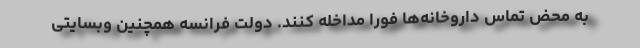
به محض تماس داروخانه‌ها فورا مداخله کنند. دولت فرانسه همچنین وبسایتی